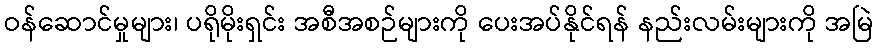
ဝန်ဆောင်မှုများ၊ ပရိုမိုးရှင်း အစီအစဉ်များကို ပေးအပ်နိုင်ရန် နည်းလမ်းများကို အမြဲ